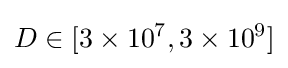
D\in [3\times 10^{7},3\times 10^{9}]